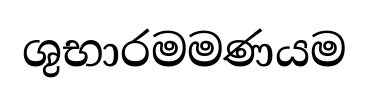
ශුභාරමමණයම